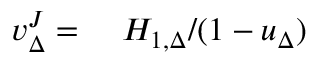
\begin{array} { r l } { v _ { \Delta } ^ { J } = } & { { } \ H _ { 1 , \Delta } / ( 1 - u _ { \Delta } ) } \end{array}